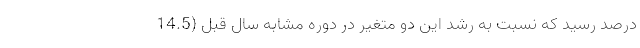
درصد رسید که نسبت به رشد این دو متغیر در دوره مشابه سال قبل (14.5